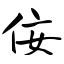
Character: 佞